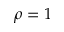
\rho = 1